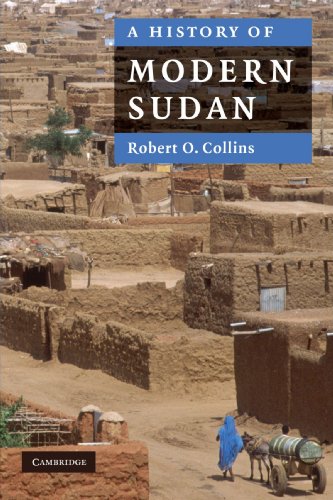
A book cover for A History of Modern Sudan; Robert O. Collins; History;